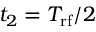
t _ { 2 } = T _ { \mathrm { r f } } / 2